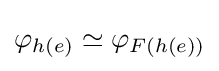
\varphi _{h(e)}\simeq \varphi _{F(h(e))}